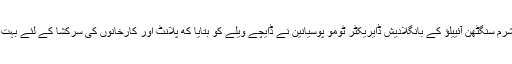
انترراشٹریہ شرم سنگٹھن آئییلؤ کے بانگلادیش ڈایریکٹر ٹومو پوسیانین نے ڈایچے ویلے کو بتایا که پلانٹ اور کارخانوں کی سرکشا کے لئے بہت کچھ ہوا ہے۔